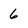
Character: 6